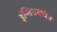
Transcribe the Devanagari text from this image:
इंग्लिशमध्येच